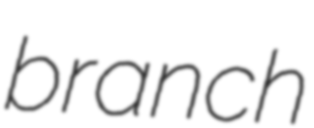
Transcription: branch